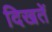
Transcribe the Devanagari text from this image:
दिखतें